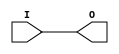
module IBUFG(output wire O, input I);
  assign O = I;
endmodule